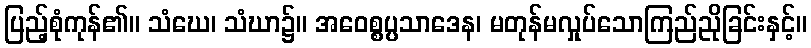
ပြည့်စုံကုန်၏။ သံဃေ၊ သံဃာ၌။ အဝေစ္စပ္ပသာဒေန၊ မတုန်မလှုပ်သောကြည်ညိုခြင်းနှင့်။